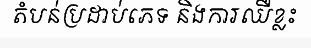
តំបន់ប្រដាប់ភេទ និងការឈឺខ្លះ